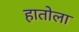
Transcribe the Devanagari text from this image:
हातोला